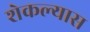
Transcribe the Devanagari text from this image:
शेकल्यास